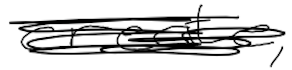
Text: create,
Cross-out: scratch
Writing tool: digital_black